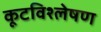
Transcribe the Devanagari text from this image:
कूटविश्लेषण